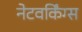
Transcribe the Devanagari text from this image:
नेटवर्किंग्स